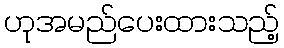
ဟုအမည်ပေးထားသည့်